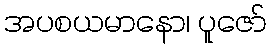
အပစယမာနော၊ ပူဇော်